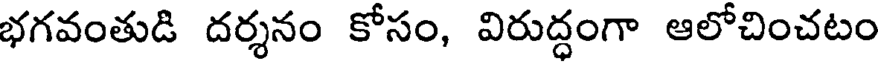
భగవంతుడి దర్శనం కోసం, విరుద్ధంగా ఆలోచించటం